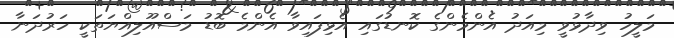
މަލީހު ވިދާޅުވީ މިއަދު އެންމެންގެ ކޮނޑުގައި އެޅިފައިވާ އެންމެ ބޮޑު މަސްއޫލިއްޔަތަކީ ހަރުދަނާ